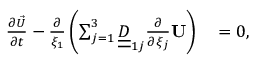
\begin{array} { r l } { \frac { \partial \vec { U } } { \partial t } - \frac { \partial } { \xi _ { 1 } } \left( \sum _ { j = 1 } ^ { 3 } \underline { { \underline { { D } } } } _ { 1 j } \frac { \partial } { \partial \xi _ { j } } \mathbf { U } \right) } & { { } = 0 , } \end{array}